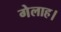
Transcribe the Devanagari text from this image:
गेलाह।